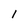
Character: l